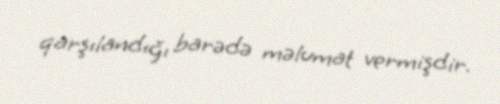
qarşılandığı barədə məlumat vermişdir.